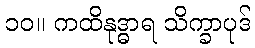
၁၀။ ကထိနုဒ္ဓာရ သိက္ခာပုဒ်